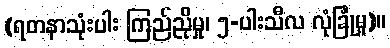
(ရတနာသုံးပါး ကြည်ညိုမှု၊ ၅-ပါးသီလ လုံခြုံမှု)။